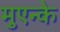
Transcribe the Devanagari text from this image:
मुएन्के